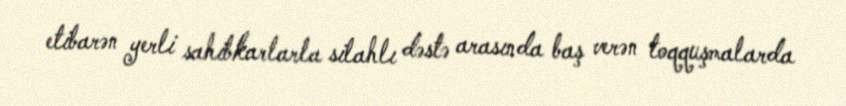
etibarən yerli sahibkarlarla silahlı dəstə arasında baş verən toqquşmalarda